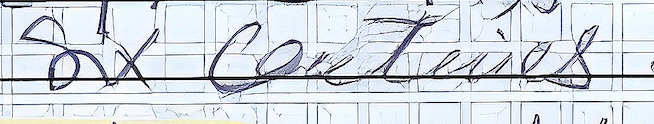
Six centimes